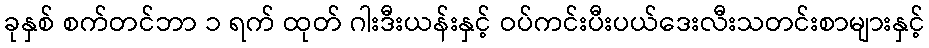
ခုနှစ် စက်တင်ဘာ ၁ ရက် ထုတ် ဂါးဒီးယန်းနှင့် ဝပ်ကင်းပီးပယ်ဒေးလီးသတင်းစာများနှင့်